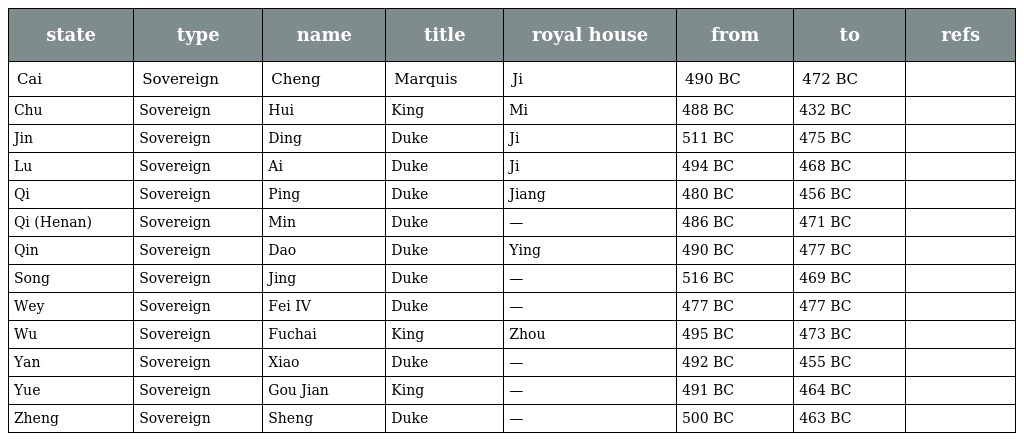
| state | type | name | title | royal house | from | to | refs |
 | --- | --- | --- | --- | --- | --- | --- | --- |
 | Cai | Sovereign | Cheng | Marquis | Ji | 490 BC | 472 BC |  |
 | Chu | Sovereign | Hui | King | Mi | 488 BC | 432 BC |  |
 | Jin | Sovereign | Ding | Duke | Ji | 511 BC | 475 BC |  |
 | Lu | Sovereign | Ai | Duke | Ji | 494 BC | 468 BC |  |
 | Qi | Sovereign | Ping | Duke | Jiang | 480 BC | 456 BC |  |
 | Qi (Henan) | Sovereign | Min | Duke | — | 486 BC | 471 BC |  |
 | Qin | Sovereign | Dao | Duke | Ying | 490 BC | 477 BC |  |
 | Song | Sovereign | Jing | Duke | — | 516 BC | 469 BC |  |
 | Wey | Sovereign | Fei IV | Duke | — | 477 BC | 477 BC |  |
 | Wu | Sovereign | Fuchai | King | Zhou | 495 BC | 473 BC |  |
 | Yan | Sovereign | Xiao | Duke | — | 492 BC | 455 BC |  |
 | Yue | Sovereign | Gou Jian | King | — | 491 BC | 464 BC |  |
 | Zheng | Sovereign | Sheng | Duke | — | 500 BC | 463 BC |  |